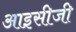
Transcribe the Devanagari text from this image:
आइसीजी